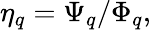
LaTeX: \eta_{q}=\Psi_{q}/\Phi_{q},